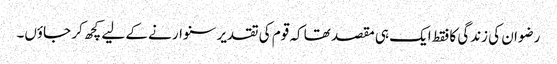
رضوان کی زندگی کا فقط ایک ہی مقصد تھا کہ قوم کی تقدیر سنوارنے کے لیے کچھ کر جاؤں۔